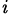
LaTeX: ^\mathit{i}